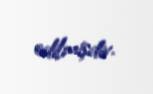
edilmişdir.